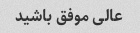
عالی موفق باشید